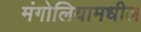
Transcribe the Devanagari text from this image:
मंगोलियामधील